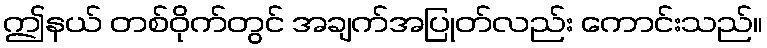
ဤနယ် တစ်ဝိုက်တွင် အချက်အပြုတ်လည်း ကောင်းသည်။